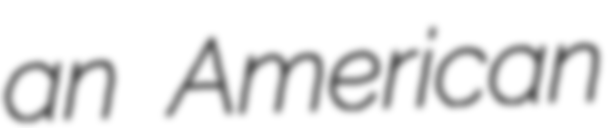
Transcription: an American